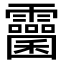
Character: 𩆻